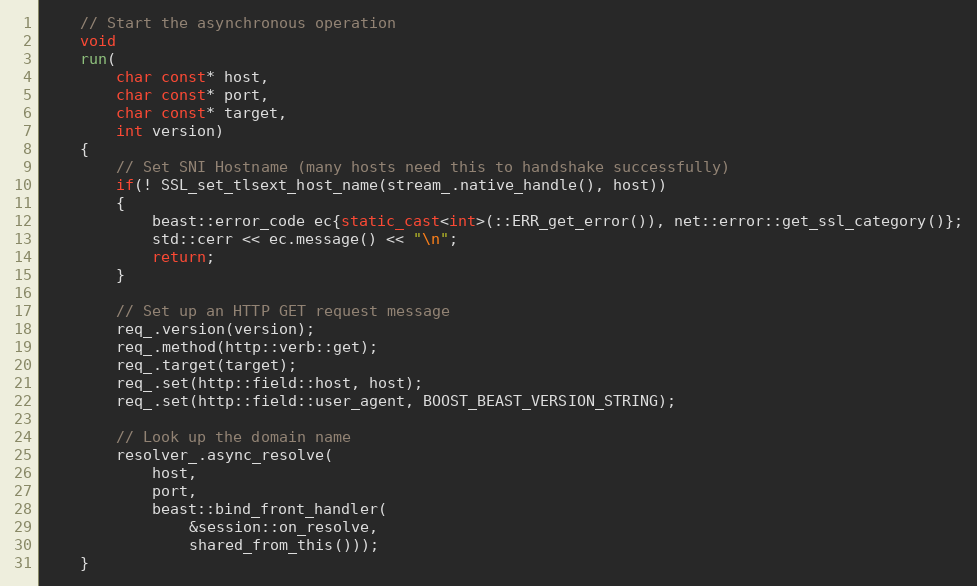
Language: C++
    // Start the asynchronous operation
    void
    run(
        char const* host,
        char const* port,
        char const* target,
        int version)
    {
        // Set SNI Hostname (many hosts need this to handshake successfully)
        if(! SSL_set_tlsext_host_name(stream_.native_handle(), host))
        {
            beast::error_code ec{static_cast<int>(::ERR_get_error()), net::error::get_ssl_category()};
            std::cerr << ec.message() << "\n";
            return;
        }

        // Set up an HTTP GET request message
        req_.version(version);
        req_.method(http::verb::get);
        req_.target(target);
        req_.set(http::field::host, host);
        req_.set(http::field::user_agent, BOOST_BEAST_VERSION_STRING);

        // Look up the domain name
        resolver_.async_resolve(
            host,
            port,
            beast::bind_front_handler(
                &session::on_resolve,
                shared_from_this()));
    }